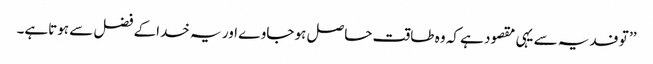
’’ تو فدیہ سے یہی مقصود ہے کہ وہ طاقت حاصل ہو جاوے اور یہ خداکے فضل سے ہوتاہے۔